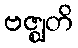
ဗဇ္ဈတိ